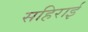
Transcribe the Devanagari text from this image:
सहिराई